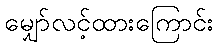
မျှော်လင့်ထားကြောင်း